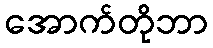
အောက်တိုဘာ